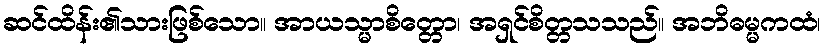
ဆင်ထိန်း၏သားဖြစ်သော။ အာယသ္မာစိတ္တော၊ အရှင်စိတ္တသသည်။ အဘိဓမ္မကထံ၊